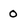
Character: 0